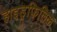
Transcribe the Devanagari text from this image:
हाइड्रफिलिक